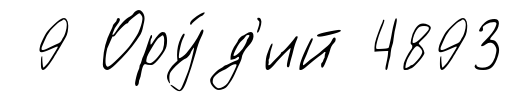
9 Ору́д'ий 4893